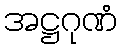
အဋ္ဌဂုဏံ